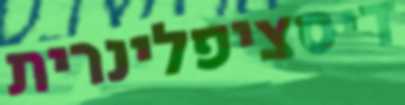
דיסציפלינרית